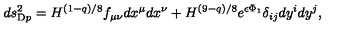
d s _ { \mathrm { D } p } ^ { 2 } = H ^ { ( 1 - q ) / 8 } f _ { \mu \nu } d x ^ { \mu } d x ^ { \nu } + H ^ { ( 9 - q ) / 8 } e ^ { \epsilon \Phi _ { 1 } } \delta _ { i j } d y ^ { i } d y ^ { j } ,